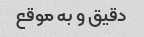
دقیق و به موقع